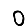
Digit: 0